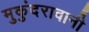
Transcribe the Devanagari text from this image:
मुकुंदरावानी